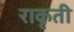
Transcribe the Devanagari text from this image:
राकृती